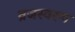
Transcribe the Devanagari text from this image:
व्रजस्वरूप